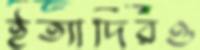
ইত্যাদিরও